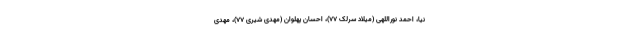
نیا، احمد نوراللهی (میلاد سرلک ۷۷)، احسان پهلوان (مهدی شیری ۷۷)، مهدی